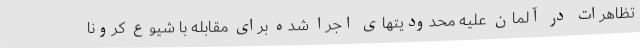
تظاهرات در آلمان علیه محدودیتهای اجرا شده برای مقابله با شیوع کرونا